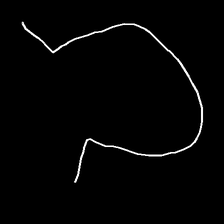
Glyph: weave